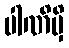
ပါဏိမှိ